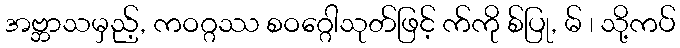
အဗ္ဘာသမှည့်, ကဝဂ္ဂဿ စဝဂ္ဂေါသုတ်ဖြင့် က်ကို စ်ပြု, မ် ၊ သို့ကပ်